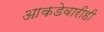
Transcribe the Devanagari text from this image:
आकडेवारीही